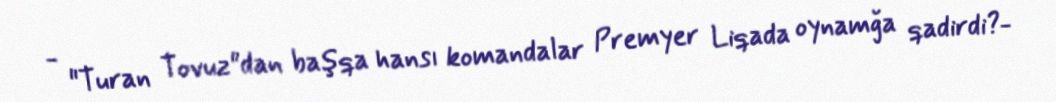
- "Turan Tovuz"dan başqa hansı komandalar Premyer Liqada oynamğa qadirdi?-